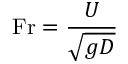
{ \mathrm { F r } } = { \frac { U } { \sqrt { g D } } }